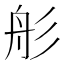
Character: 䑣